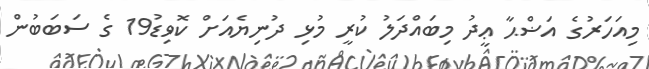
މިއަހަރުގެ އަޟްޙާ ޢީދު މިބައްދަލު ކުރީ މުޅި ދުނިޔެއަށް ކޮވިޑު19 ގެ ސަބަބުން